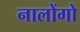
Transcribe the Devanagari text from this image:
नालोंगो